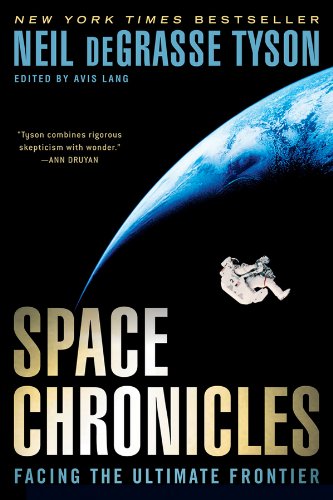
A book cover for Space Chronicles: Facing the Ultimate Frontier; Neil deGrasse Tyson; Engineering & Transportation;